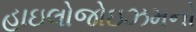
હાઇલોજોઇઝમનો